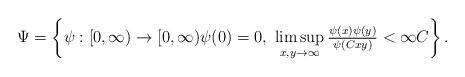
LaTeX: \begin{align*} \Psi &= \left\{ \psi: [0, \infty) \to [0, \infty) \psi(0) = 0,\ \limsup_{x,y \to \infty} \tfrac{\psi(x) \psi(y)}{\psi(C x y)} < \infty C \right\}.\end{align*}